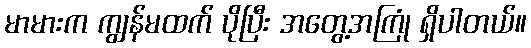
မာမားက ကျွန်မထက် ပိုပြီး အတွေ့အကြုံ ရှိပါတယ်။